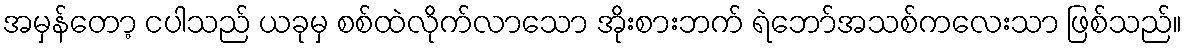
အမှန်တော့ ငပါသည် ယခုမှ စစ်ထဲလိုက်လာသော အိုးစားဘက် ရဲဘော်အသစ်ကလေးသာ ဖြစ်သည်။